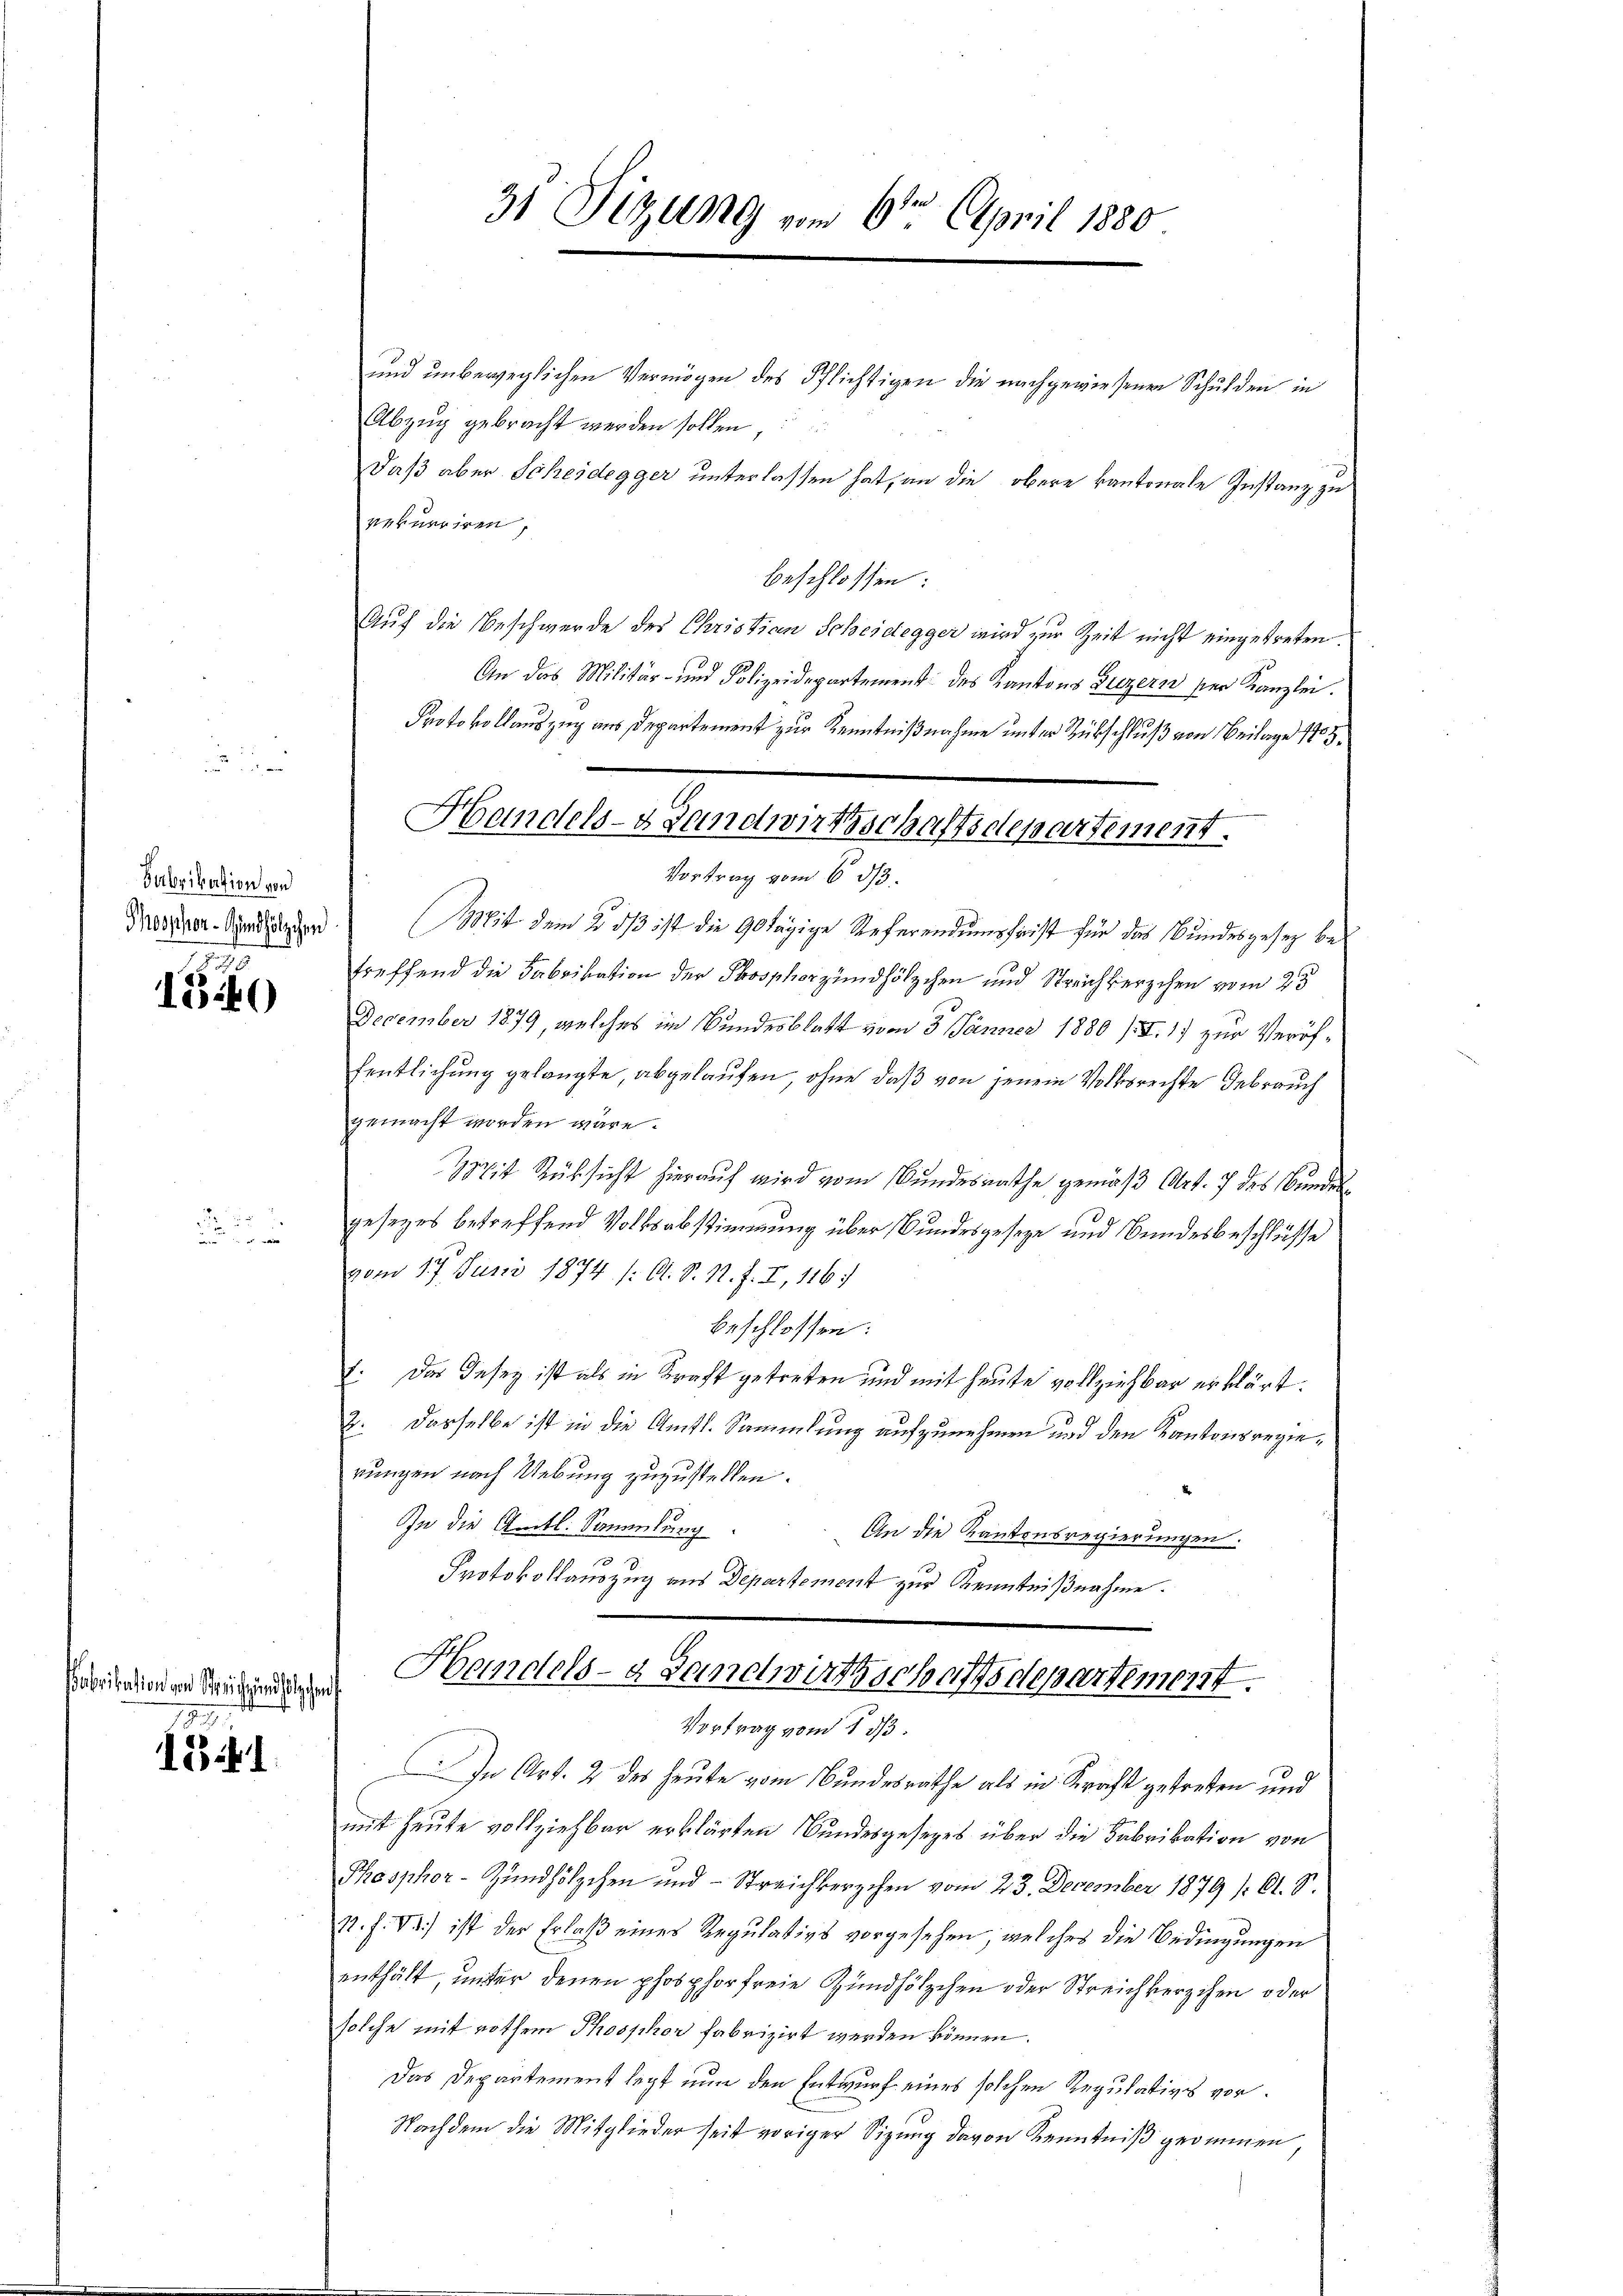
Verbrikation von

1540

d

abrikation von Streich und solchen
.

1841.

und unbeweglichen Vermögen des Pflichtigen die nachgewiesenen Schulden in
Abzug gebracht werden sollen,
daß aber Scheidegger unterlassen hat, an die obere kantonale Instanz zu
verneriren,
beschlossen:
Auf die Beschwerde des Christian Scheidegger wird zur Zeit nicht eingetreten.
An das Militär- und Polizeidepartement des Kantons Luzern der Kanzlei.
Protokollauszug aus Departement zur Kenntnißnahme unter Rückschluß von Beilage 1807.
Mossner Standen Mit dem 25. dß ist die 90 tägige Referendumsfrist für das Bundesgesez betreffend die Fabrikation der Phosphorzundhölzchen und Streichherzchen vom 23
December 1879, welches im Bundesblatt vom 3. Jänner 1880 /I. 17 zur Veröffentlichung gelangte, abgelaufen, ohne daß von jenem Volksrechte Gebrauch
gemacht worden wäre.
Mit Rücksicht hierauf wird vom Bundesrathe gemäß Art. 7 des Bundes
gesezes betreffend Volksabstimmung über Bundesgeseze und Bundesbeschlüsse
vom 17. Juni 1874. /: A. S. 11. f. I, 116.
beschlossen:
1. Das Desey ist als in Kraft getreten und mit heute vollziehbar erklärt.
2. Dasselbe ist in die Amts-Sammlung aufzunehmen und den Kantonsregierungen nach Uebung zuzustellen.
In die Anitl. Sammlung.
An die Kantonsregierungen.
Protokollauszug aus Departement zur Kenntnißnahme.
Handels- & Landwirthschaftsdepartement.
Vortrag vom 13.
In Art. 2 des heute vom Bundesrathe als in Kracht getreten und
mit heute vollziehbar erklärten Bundesgesezes über die Fabrikation von
Phosphor-Zündhölzchen und - Streichkerzchen vom 23. December 1879 f. 61. S.
N. F. VI.) ist der Erlaß eines Regulativs vorgesehen, welches die Bedingungen
enthält, unter denen phosphor freie Hundhölzchen oder Streichkerzchen oder
solche mit rothem Phosphor fabrizirt werden können.
Das Departement legt nun den Entwurf eines solchen Regulativs vor¬
Nachdem die Mitglieder seit voriger Sizung davon Kenntniß geommen,

31 Sizung vom 6ten April 1880

Handels- Landwirthschaftsdepartement.
Vortrag vom 6. ds.